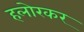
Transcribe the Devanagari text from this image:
हलोरकर